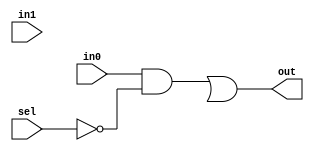
module mux2X1( in0,in1,sel,out);
parameter width=1; 
input [width-1:0] in0,in1;
input sel;
wire t1,t2,s0;
output [width-1:0] out;
not (s0,sel);
and (t1,in0, s0), (t0,in1,sel);
or (out,t1,t2);
endmodule